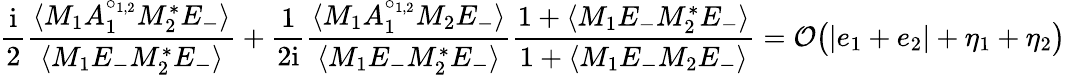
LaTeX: \frac{\mathrm{i}}{2}\frac{\langle M_{1}A_{1}^{\circ_{1,2}}M_{2}^{*}E_{-}\rangle}{\langle M_{1}E_{-}M_{2}^{*}E_{-}\rangle}+\frac{1}{2\mathrm{i}}\frac{\langle M_{1}A_{1}^{\circ_{1,2}}M_{2}E_{-}\rangle}{\langle M_{1}E_{-}M_{2}^{*}E_{-}\rangle}\frac{1+\langle M_{1}E_{-}M_{2}^{*}E_{-}\rangle}{1+\langle M_{1}E_{-}M_{2}E_{-}\rangle}=\mathcal{O}\big(|e_{1}+e_{2}|+\eta_{1}+\eta_{2}\big)